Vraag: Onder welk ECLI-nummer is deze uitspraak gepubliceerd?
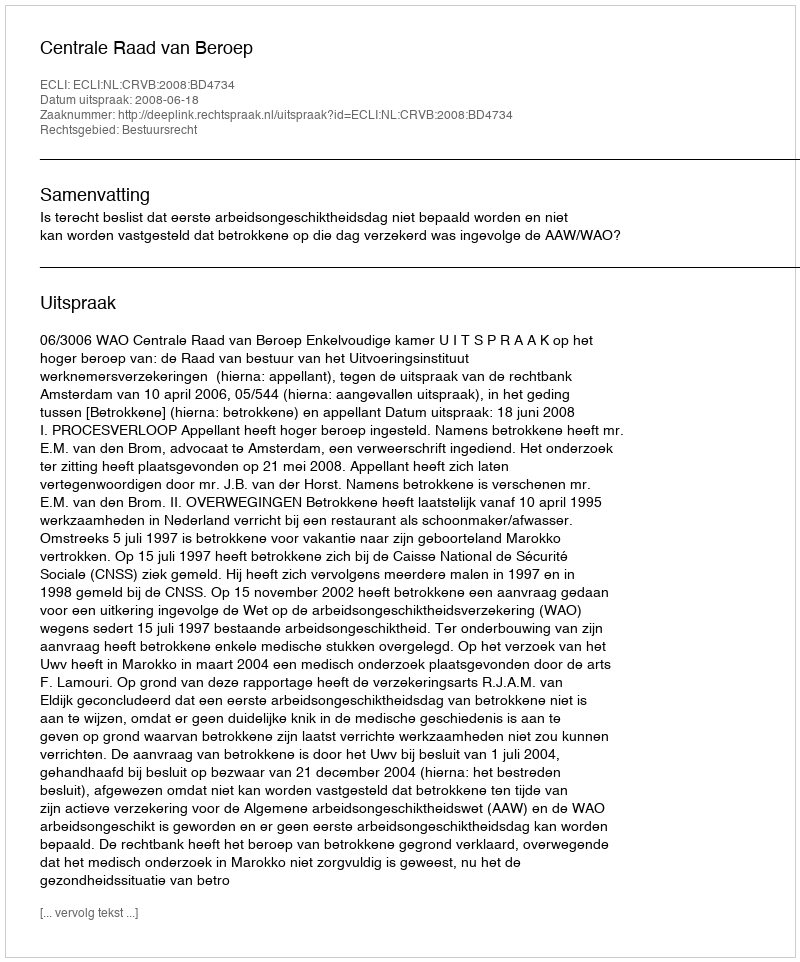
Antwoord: ECLI:NL:CRVB:2008:BD4734